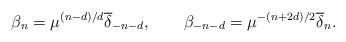
LaTeX: \begin{align*}\beta_n =\mu^{(n-d)/d}{\overline \delta}_{-n-d},\qquad\beta_{-n-d} =\mu^{-(n+2d)/2}{\overline \delta}_n.\end{align*}